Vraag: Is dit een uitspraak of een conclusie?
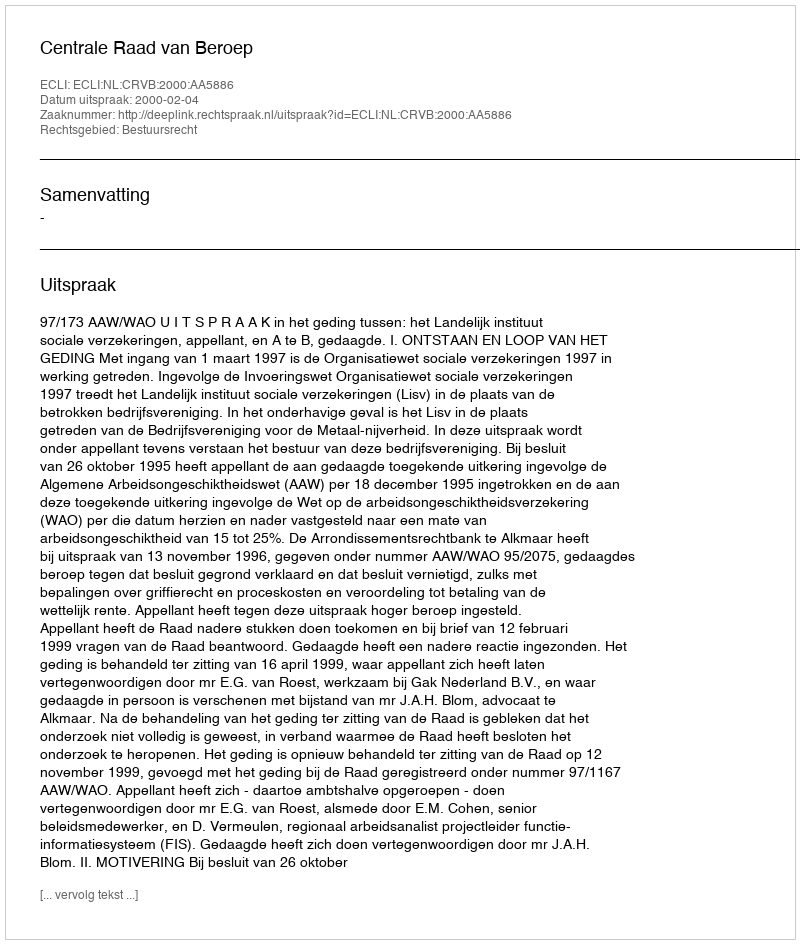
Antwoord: Uitspraak